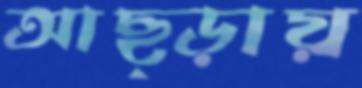
আছ্‌ড়ায়